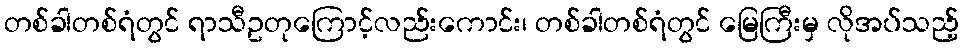
တစ်ခါတစ်ရံတွင် ရာသီဥတုကြောင့်လည်းကောင်း၊ တစ်ခါတစ်ရံတွင် မြေကြီးမှ လိုအပ်သည့်